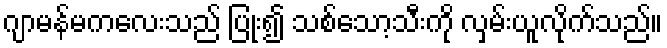
ဂျာမန်မကလေးသည် ပြုံး၍ သစ်သော့သီးကို လှမ်းယူလိုက်သည်။